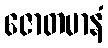
ဇောတမာနံ